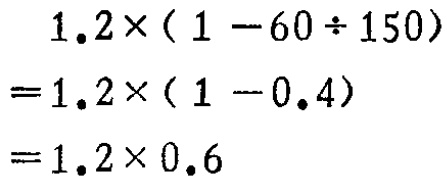
$1.2\times(1 - 60\div150)\\
=1.2\times(1 - 0.4)\\
=1.2\times0.6$